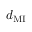
d _ { \mathrm { M I } }